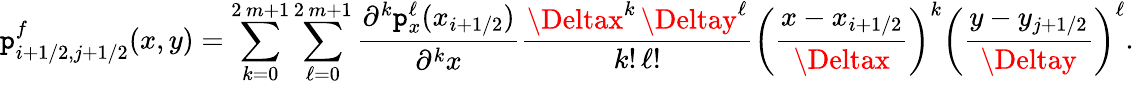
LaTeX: \mathtt{p}_{i+1/2,j+1/2}^{f}(x,y)=\sum_{k=0}^{2\, m+1}\sum_{\ell=0}^{2\, m+1}\frac{{\partial^{k}\mathtt{p}_{x}^{\ell}(x_{i+1/2})}}{{\partial^{k}x}}\frac{{\Deltax^{k}\, \Deltay^{\ell}}}{{k!\, \ell!}}\bigg(\frac{{x-x_{i+1/2}}}{{\Deltax}}\bigg)^{k}\bigg(\frac{{y-y_{j+1/2}}}{{\Deltay}}\bigg)^{\ell}.